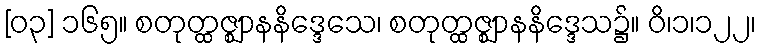
[၀၃] ၁၆၅။ စတုတ္ထဇ္ဈာနနိဒ္ဒေသေ၊ စတုတ္ထဇ္ဈာနနိဒ္ဒေသ၌။ ဝိ၊၁၊၁၂၂၊